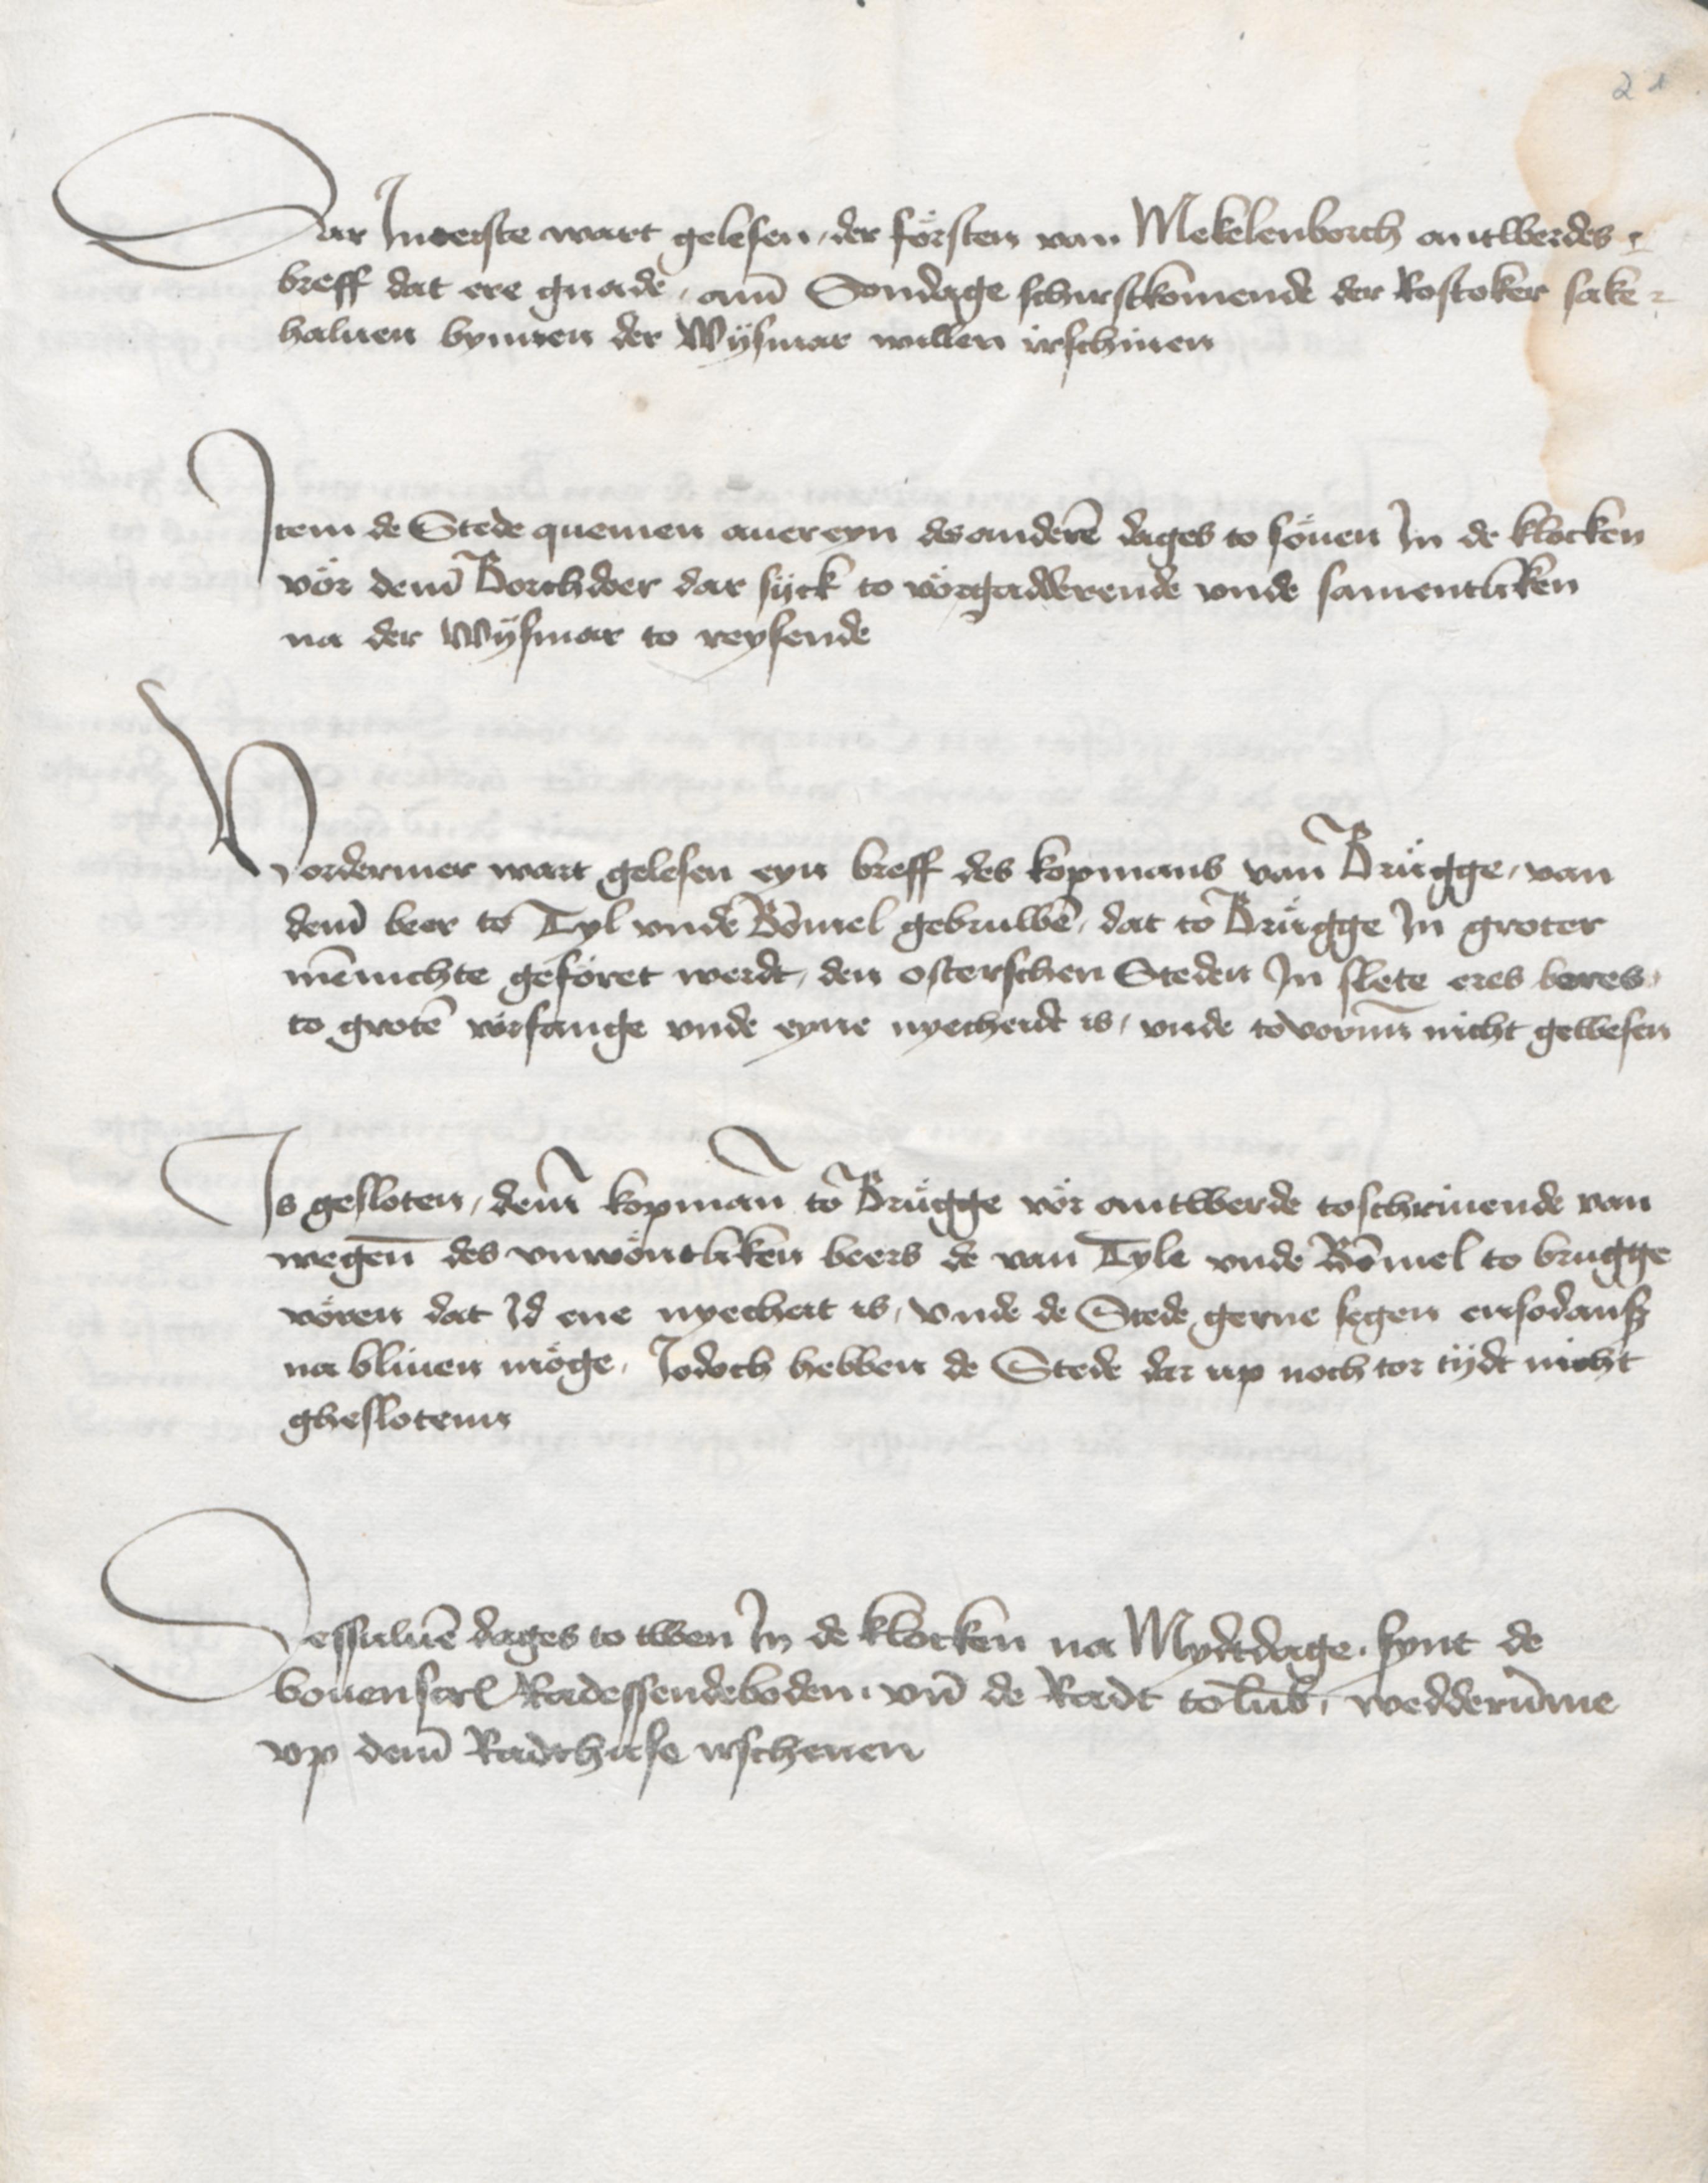
21

Dar Jneerste wart gelesen, der foersten van Mekelenborch antwerdes¬
breff dat ere gnaden, ame Sondage schirstkommende der Rostoker sake
haluen bynnen der Wysmar willen irschinen.

Jtem de Stede quemen auereyn des anderen dages to soeuen Jn de klocken
vor deme Borchdoer dar syck to vorgadderende vnde samentliken
na der Wysmar to reysende.

Vordermer wart gelesen eyn breff des kopmans van Brugge, van
deme beer to Tyl vnde Bommel gebruwen, dat to Brugge Jn groter
mennichte geforet werdt, den osterschen Steden Jn slete eres beres
to groten voerfange vnde eyne nyecheide is, vnde tovorune nicht gewesen.

Js gesloten, deme kopmane to Brugge voer antwerde toschriuende van
wegene des vnwoentliken beers de van Tyle vnde Bommel to Brugge
voeren dat Jd ene nyecheit is, vnde de Stede gerne segen ensodans
na bliuen moege, Jodoch hebben de Stede dar up noch tor tydt nicht
gheslotenn.

Dessuluen dages to twen Jn de klocken no Mydtdage . synt de
bouenscreuen Radessendeboden . vnd de Radt to Lubeke wedderumme
vp deme Radehuse irschenen.